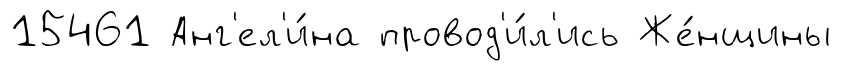
15461 Анг'ел'и́на провод'и́л'ись Же́нщины